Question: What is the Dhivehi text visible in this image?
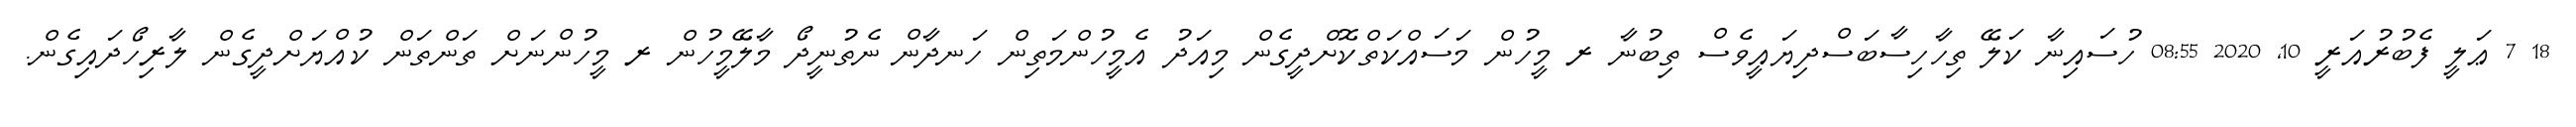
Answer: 18 7 ޢަލީ ފެބުރުއަރީ 10, 2020 08:55 ހުސައިނާ ކަލޭ ތިހާހިސާބަސްދިޔައީވެސް ތިބުނާ ރ މީހުން މަސައްކަތްކޮށްދީގެން މިއަދު އެމީހުންމަތިން ހަނދާން ނެތުނީދޯ މާލޭމީހުން ރ މީހުންނަށް ތަންތަން ކުއްޔަށްދީގެން ލާރިހޯދައިގެން.